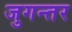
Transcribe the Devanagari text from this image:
जुगन्तर